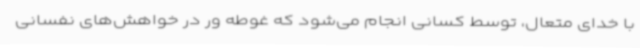
با خدای متعال، توسط کسانی انجام می‌شود که غوطه ور در خواهش‌های نفسانی